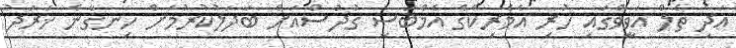
އަދި ތެލް އަވީވްގައި ހުރި އެމެރިކާގެ އެމްބަސީ ގުދުސްއަށް ބަދަލުކުރުމަށް ހިނގާނެ ޚަރަދު